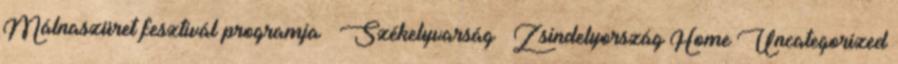
Málnaszüret fesztivál programja – Székelyvarság – Zsindelyország Home Uncategorized